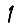
Digit: 1